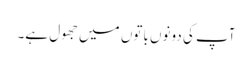
آپ کی دونوں باتوں میں جھول ہے۔